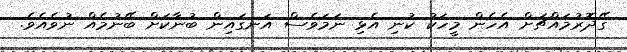
ގޭދޮރުމައްޗަށް އެހެން މީހަކު ކުނި އެޅި ނަމަވެސް އަނގައިން ބުނާކަށް ބޭނުމެއް ނުވެއެވެ.